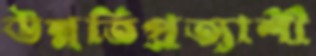
উন্নতিপ্রত্যাশী